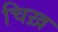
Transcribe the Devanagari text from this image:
चिख़